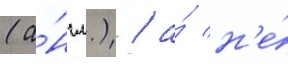
(а́нгл.) / а́ н'е́